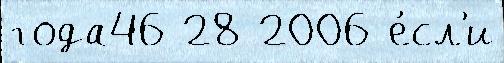
года46 28 2006 е́сл'и